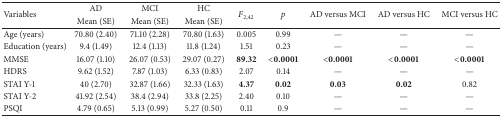
| <ROWSPAN=2> Variables | AD | MCI | HC | <ROWSPAN=2> F2,42 | <ROWSPAN=2> p | <ROWSPAN=2> AD versus MCI | <ROWSPAN=2> AD versus HC | <ROWSPAN=2> MCI versus HC |
 | Mean (SE) | Mean (SE) | Mean (SE) |
 | --- | --- | --- | --- | --- | --- | --- | --- | --- |
 | Age (years) | 70.80 (2.40) | 71.10 (2.28) | 70.80 (1.63) | 0.005 | 0.99 | — | — | — |
 | Education (years) | 9.4 (1.49) | 12.4 (1.13) | 11.8 (1.24) | 1.51 | 0.23 | — | — | — |
 | MMSE | 16.07 (1.10) | 26.07 (0.53) | 29.07 (0.27) | 89.32 | <0.0001 | <0.0001 | <0.0001 | <0.0001 |
 | HDRS | 9.62 (1.52) | 7.87 (1.03) | 6.33 (0.83) | 2.07 | 0.14 | — | — | — |
 | STAI Y-1 | 40 (2.70) | 32.87 (1.66) | 32.33 (1.63) | 4.37 | 0.02 | 0.03 | 0.02 | 0.82 |
 | STAI Y-2 | 41.92 (2.54) | 38.4 (2.94) | 33.8 (2.25) | 2.40 | 0.10 | — | — | — |
 | PSQI | 4.79 (0.65) | 5.13 (0.99) | 5.27 (0.50) | 0.11 | 0.9 | — | — | — |